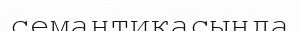
семантикасында